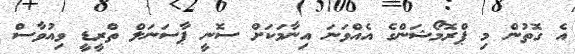
އެ ގޮތުން މި ޕްރޮމޯޝަންގެ އެއްވަނަ އިނާމަކަށް ސޮނީ ޕާސަނަލް ތްރީޑީ ވިއުވާސް